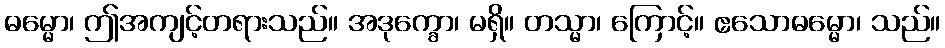
ဓမ္မော၊ ဤအကျင့်တရားသည်။ အဒုက္ခော၊ မရှိ။ တသ္မာ၊ ကြောင့်။ ဧသောဓမ္မော၊ သည်။